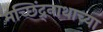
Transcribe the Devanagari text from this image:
मच्छिंद्र्नाथाच्या